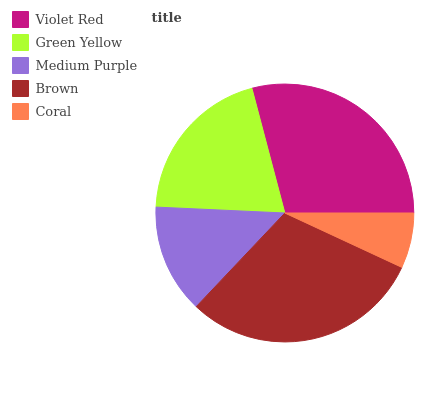
| Violet Red | Green Yellow | Medium Purple | Brown | Coral |
 | --- | --- | --- | --- | --- |
 | 29.1% | 20.2% | 13.7% | 30.1% | 6.92% |